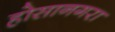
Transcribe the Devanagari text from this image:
होसानगरा